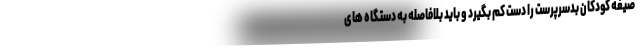
صیغه کودکان بدسرپرست را دست کم بگیرد و باید بلافاصله به دستگاه های